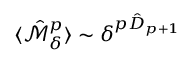
\langle \hat { \mathscr { M } } _ { \delta } ^ { p } \rangle \sim \delta ^ { { p } \hat { D } _ { { p } + 1 } }